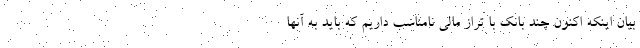
بیان اینکه اکنون چند بانک با تراز مالی نامناسب داریم که باید به آنها